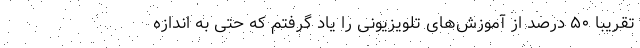
تقریبا ۵۰ درصد از آموزش‌های تلویزیونی را یاد گرفتم که حتی به اندازه